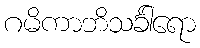
ဂမိကာဘိသင်္ခါရော